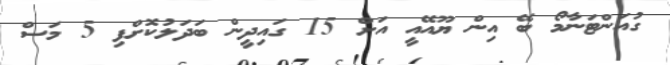
ގުއަންޓަނާމޯ ބޭ އިން ޔޫއޭއީ އަށް 15 ގައިދީން ބަދަލުކޮށްފި 5 މަސް